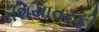
રશિયાતરફી